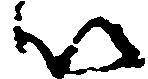
以